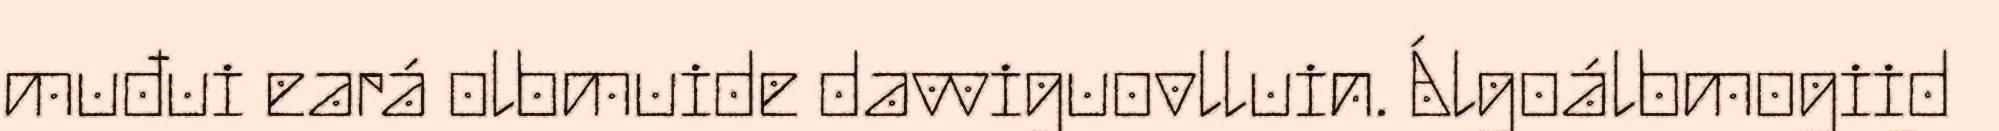
muđui eará olbmuide davviguovlluin. Álgoálbmogiid